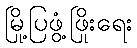
မြို့ပြဖွံ့ဖြိုးရေး